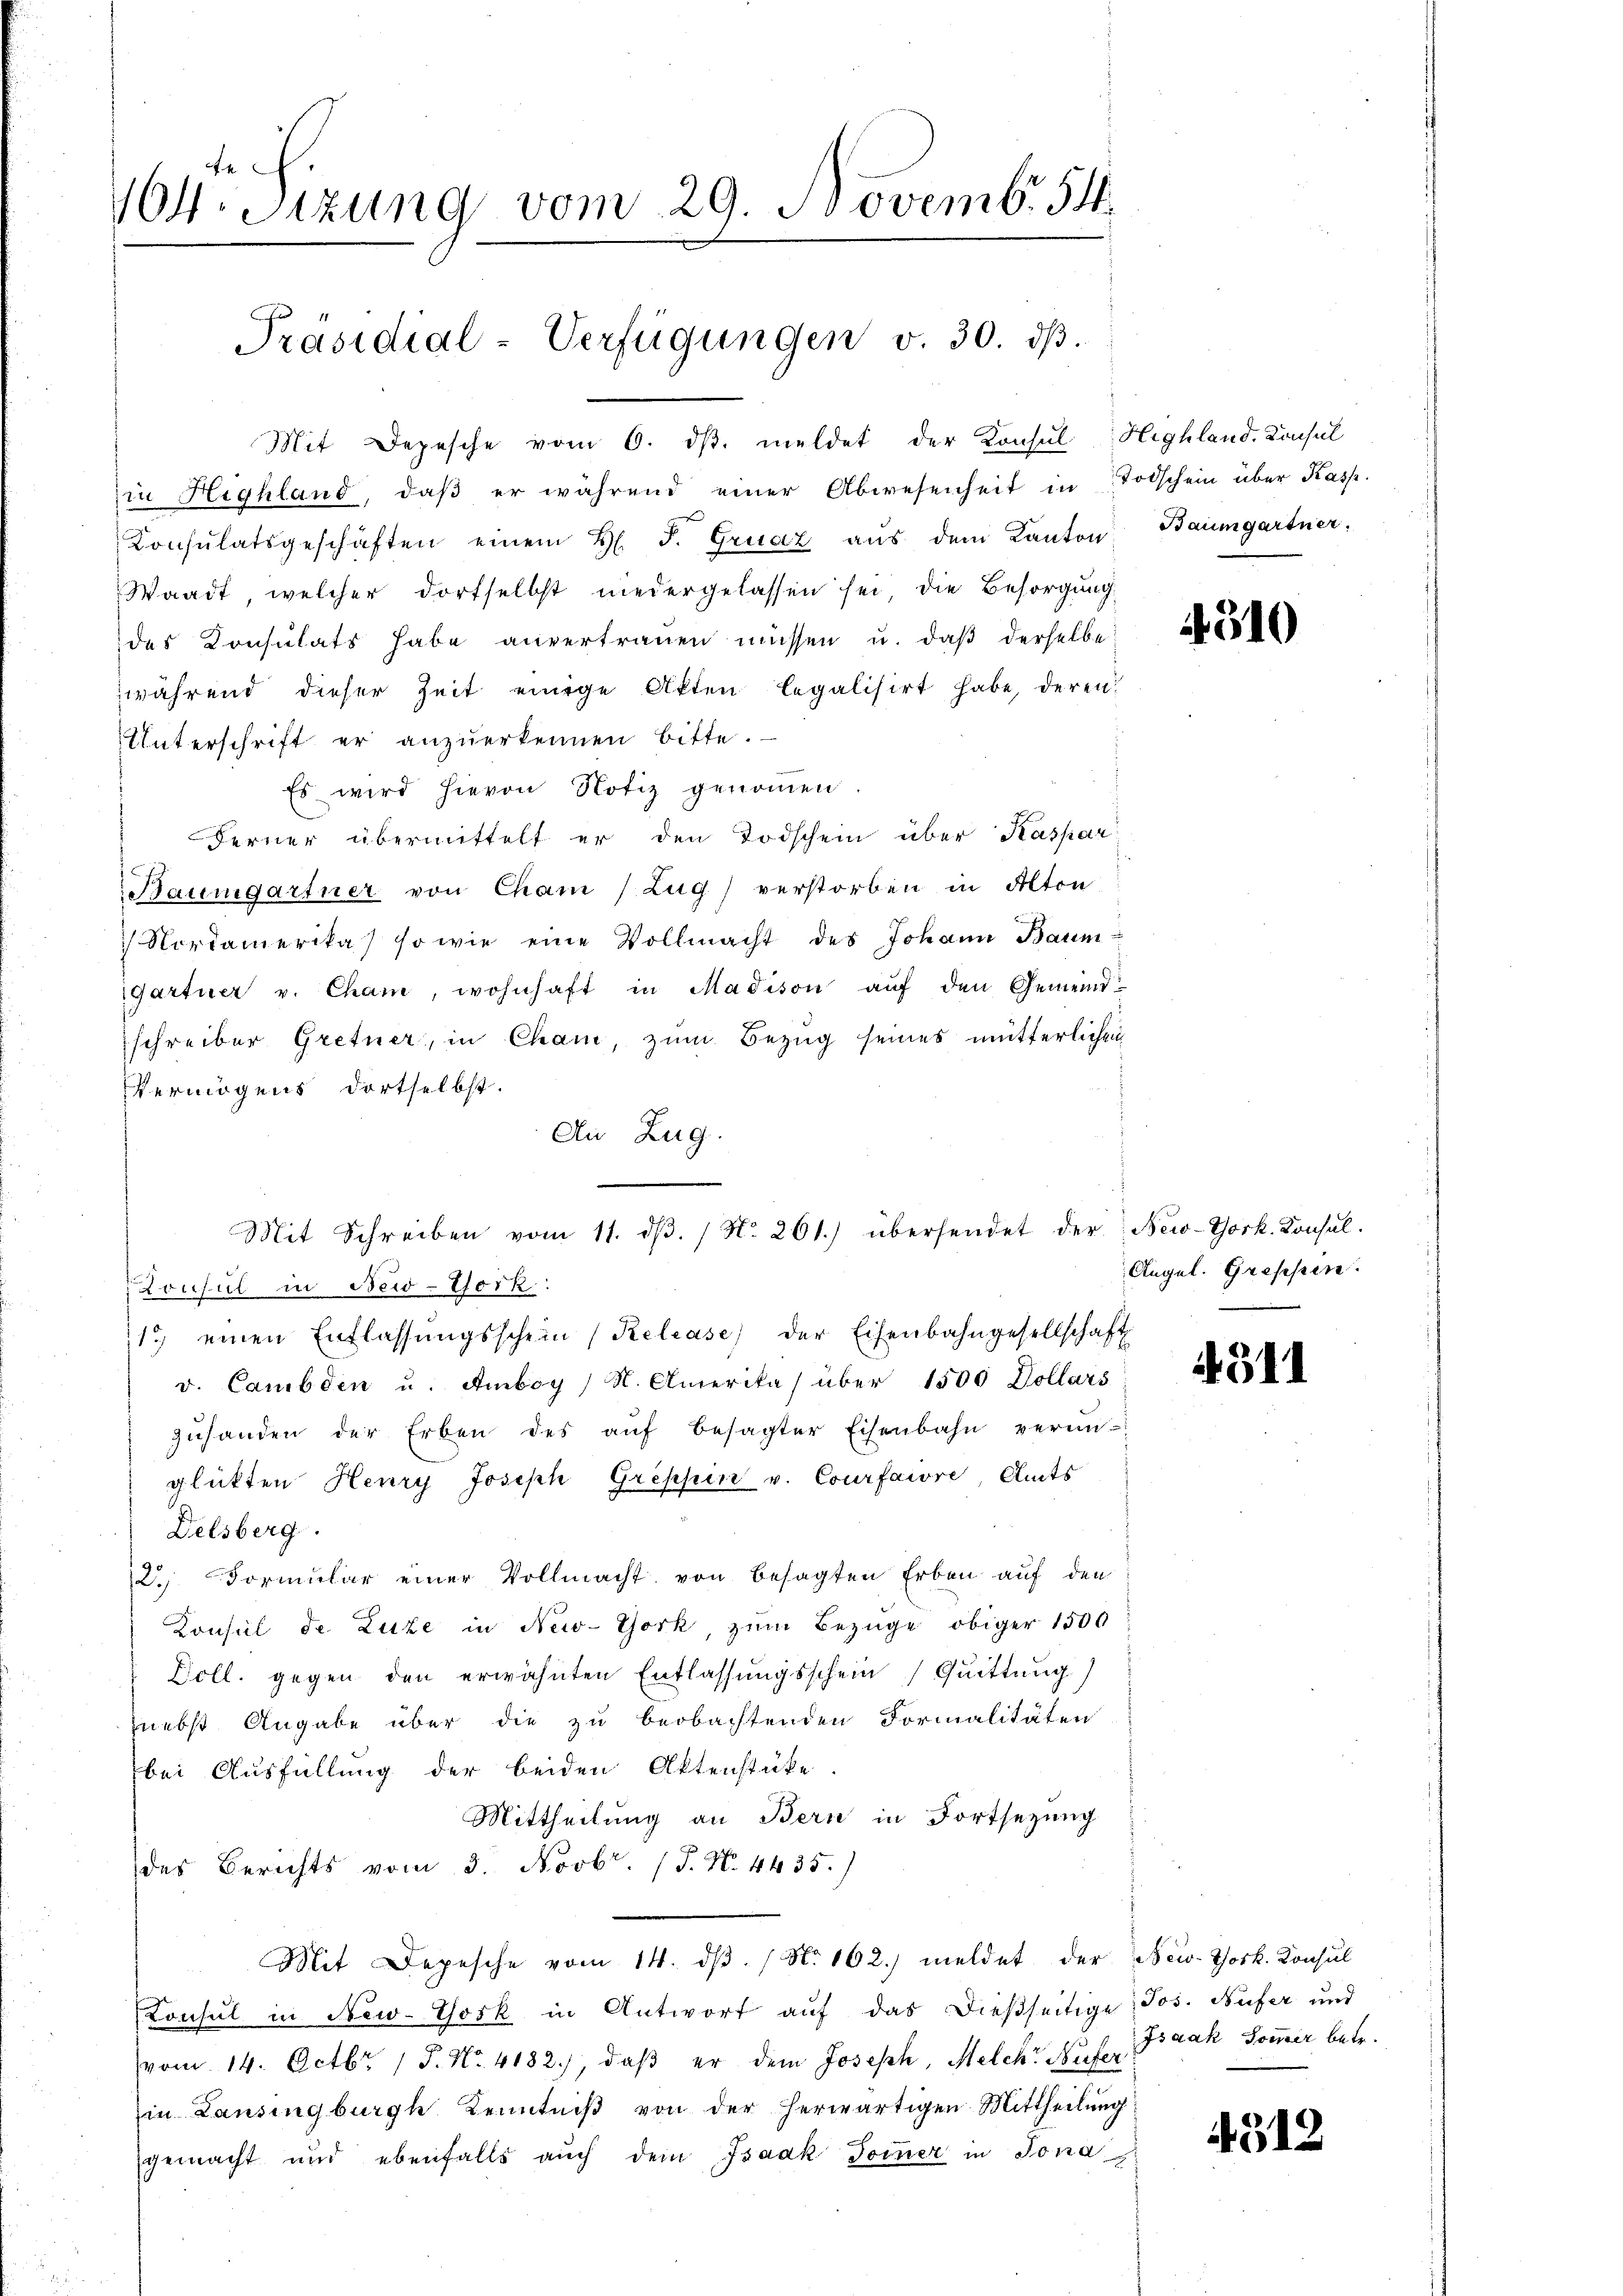
164r Sitzung vom 29. Novemb. 54.
Präsidial-Verfügungen v. 30. dβ.

Mit Depesche vom 6. dβ. meldet der Konsul Highland. Konsul
in Highland, daβ er während einer Abwesenheit in Todschein über Kasp.
Konsulatsgeschäften einem H. F. Gruaz aus dem Kanton
Waadt, welcher dortselbst niedergelassen sei, die Besorgung
des Konsulats habe anvertrauen müssen u. daß derselbe
während dieser Zeit einige Akten legalisirt habe, deren
Unterschrift er anzuerkennen bitte.
Es wird hievon Notiz genommen.
Ferner übermittelt er den Todschein über Kaspar
Baumgartner von Cham (Zug) verstorben in Alton
 Nordamerika) sowie eine Vollmacht des Johann Baum
gartner v. Cham, wohnhaft in Madison auf den Gemeindschreiber Gretner, in Cham zum Bezug seines mütterlichen
Vermögens dortselbst.
An Zug.
Lonsul in New-York:
1.) einen Entlassŭngsschein (Relcase) der Eisenbahngesellschaft
v. Cambden u. Amboy / N. Amerika) über 1500 Dollars
zŭhanden der Erben des aŭf besagter Eisenbahn verin-
glükten Henry Joseph Greppen v. Courfaiore Amts
Delsberg.
120. Formular einer Vollmacht von besagten Erben auf den
Konsul de Luze in New-York, zum Bezüge obiger 1500
Doll. gegen den erwähnten Entlassungsschein Quittung)
nebst Angabe über die zu beobachtenden Formalitäten
bei Ausfüllung der beiden Aktenstücke
Mittheilung an Bern in Fortsezung
des Berichts vom 3. Novbr. (T. N. 4435.)
Mit Depesche vom 14. dβ. / No 102. meldet der New-York. Konsul
Konsul in New-York in Antwort auf das dießseitige Jos. Bufer und
vom 14. Octbr. 1 P. Nr. 4182), daβ er dem Joseph, Melch Nufer
in Lansingburg Kenntniß von der herwärtigen Mittheilung
gemacht und ebenfalls auch dem Isaak Sommer in Jona

Mit Schreiben vom 11. dβ. / No. 261.) übersendet der New-York. Konsul-

Baumgartner.

4510

Augel. Gressen.

4311

Isaak Sommer betr.

4312